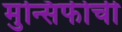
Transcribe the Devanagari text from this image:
मुन्सिफीची